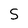
Character: S